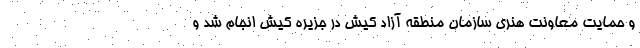
و حمایت معاونت هنری سازمان منطقه آزاد کیش در جزیره کیش انجام شد و